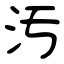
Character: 汚